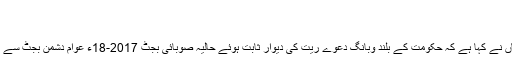
رانا اعظم خاں
Rana Azam Khan
فیصل آباد: پیپلز پارٹی پی پی 68 سے ایم پی اے کے امیدوار رانا اعظم خاں نے کہا ہے کہ حکومت کے بلند وبانگ دعوے ریت کی دیوار ثابت ہوئے حالیہ صوبائی بجٹ 2017-18ء عوام دشمن بجٹ سے غریبوں کو کوئی ریلیف نہیں ملا اور نہ ہی عوامی توقعات پوری ہو سکیں۔